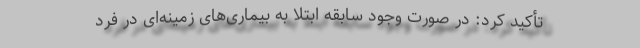
تأکید کرد: در صورت وجود سابقه ابتلا به بیماری‌های زمینه‌ای در فرد